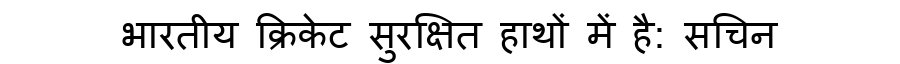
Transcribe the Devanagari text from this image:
भारतीय क्रिकेट सुरक्षित हाथों में है: सचिन